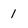
Character: 1